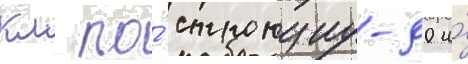
км по́ стронциу-90 и́